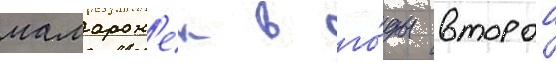
мамарон'ек в го́ды второи